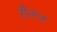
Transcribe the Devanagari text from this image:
हीलज़